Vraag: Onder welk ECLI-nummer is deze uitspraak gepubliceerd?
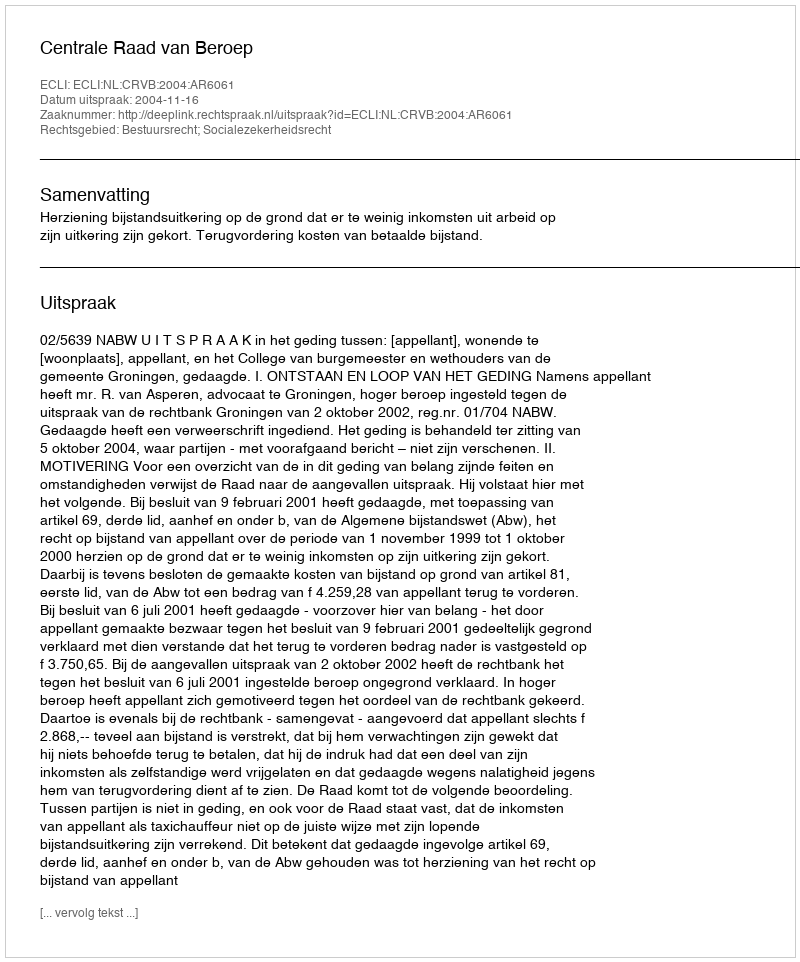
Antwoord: ECLI:NL:CRVB:2004:AR6061